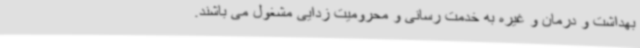
بهداشت و درمان و غیره به خدمت رسانی و محرومیت زدایی مشغول می باشند.